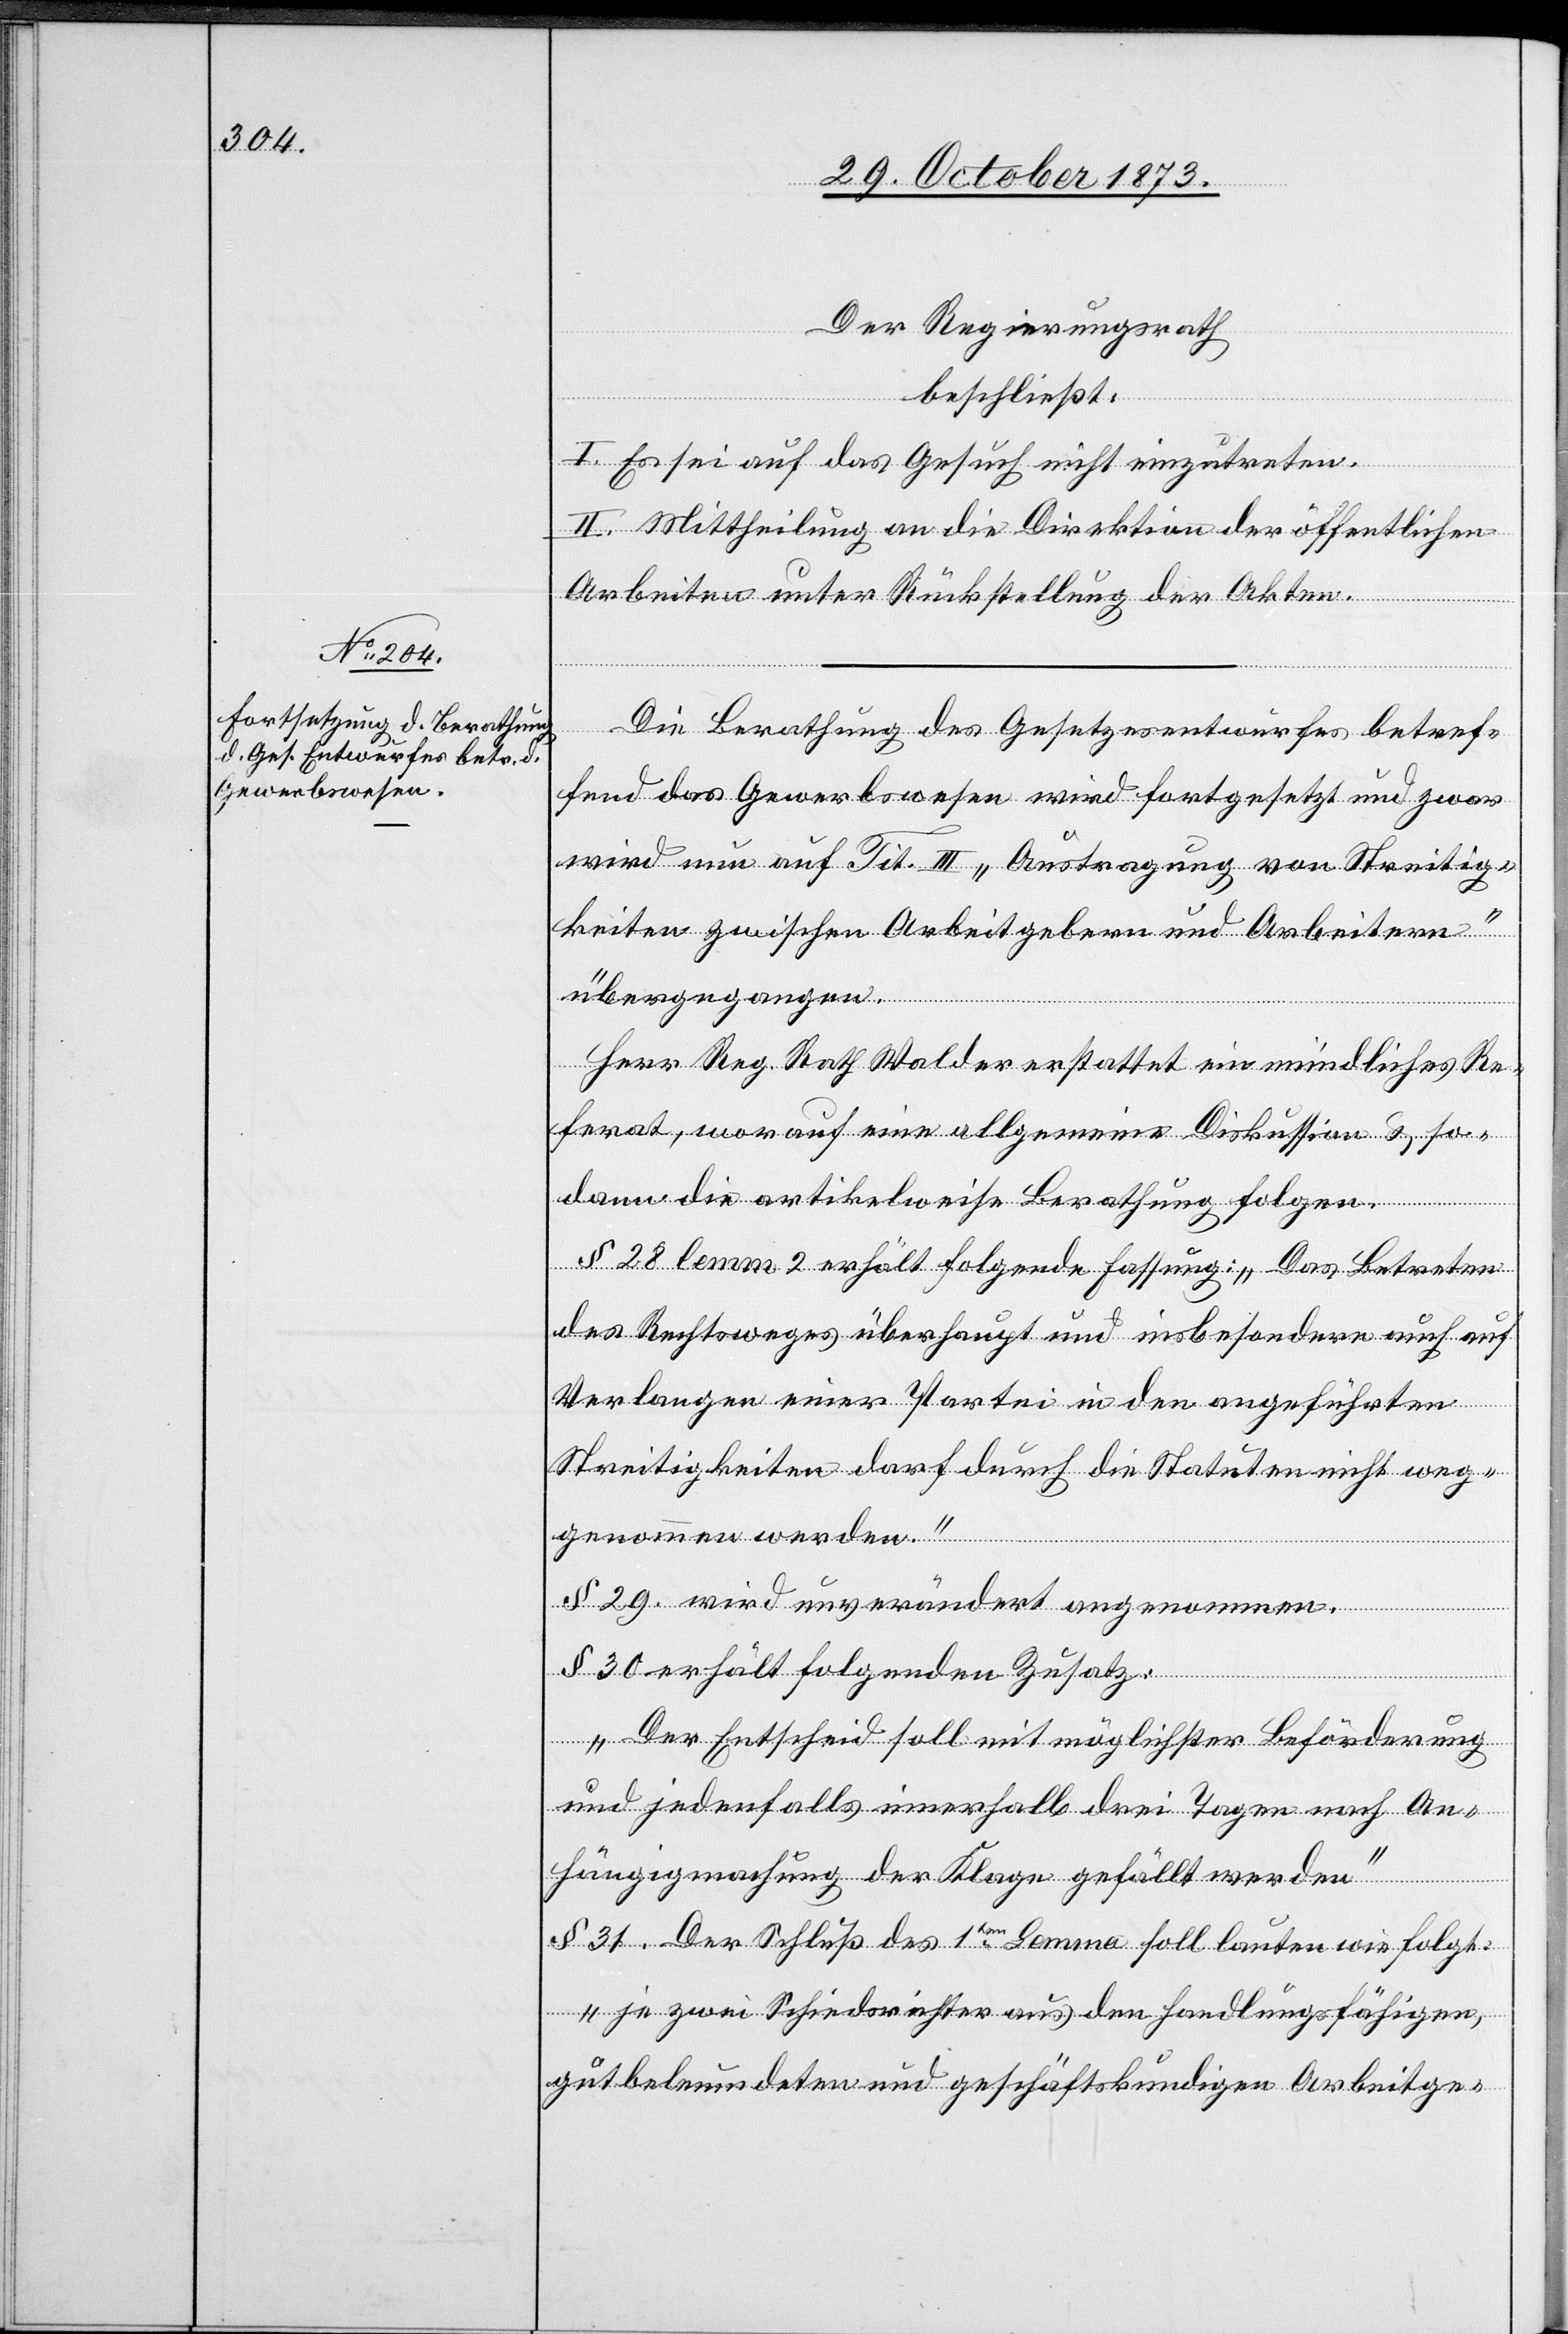
Der Regierungsrath
beschließt:
I. Es sei auf das Gesuch nicht einzutreten.
II. Mittheilung an die Direktion der öffentlichen
Arbeiten unter Rückstellung der Akten.
Die Berathung des Gesetzesentwurfes betref¬
fend das Gewerbswesen wird fortgesetzt und zwar
wird nun auf Tit. III „Austragung von Streitig¬
keiten zwischen Arbeitgebern und Arbeitern“
übergegangen.
Herr Reg. Rath Walder erstattet ein mündliches Re¬
ferat, worauf eine allgemeine Diskussion & so¬
dann die artikelweise Berathung folgen.
§ 28 lemm[a] 2 erhält folgende Fassung: „Das Betreten
des Rechtsweges überhaupt und insbesondere auch auf
Verlangen einer Partei in den angeführten
Streitigkeiten darf durch die Statuten nicht weg¬
genommen werden.“
§ 29. wird unverändert angenommen.
§ 30 erhält folgenden Zusatz:
„Der Entscheid soll mit möglichster Beförderung
und jedenfalls innerhalb drei Tagen nach An¬
hängigmachung der Klage gefällt werden“
§ 31. Der Schluß des 1ten Lemma soll lauten wie folgt:
„je zwei Schiedsrichter aus den handlungsfähigen,
gutbeleumdeten und geschäftskundigen Arbeitge-